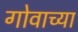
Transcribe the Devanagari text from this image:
गोवाच्या